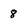
Character: 8